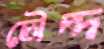
চৌদ্দ